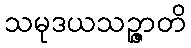
သမုဒယသဉ္ဇာတိ